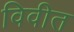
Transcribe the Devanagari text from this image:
विवीत